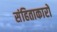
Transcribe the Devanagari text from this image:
संहिताकारों